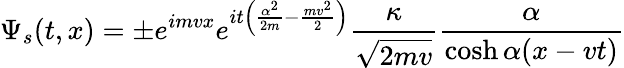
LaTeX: \Psi_{s}(t,x)=\pm e^{imvx}e^{it\left(\frac{\alpha^{2}}{2m}-\frac{mv^{2}}{2}\right)}\frac{\kappa}{\sqrt{2mv}}\frac{\alpha}{\cosh\alpha(x-vt)}